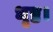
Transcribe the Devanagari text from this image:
धृष्ठ।